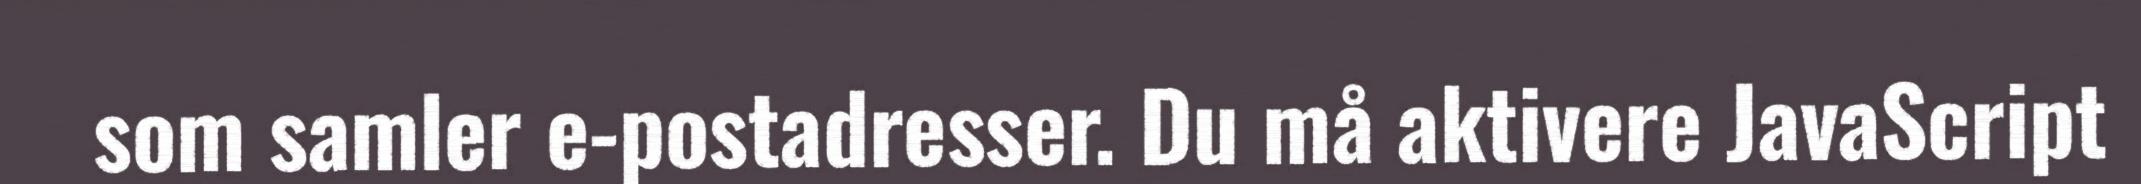
som samler e-postadresser. Du må aktivere JavaScript